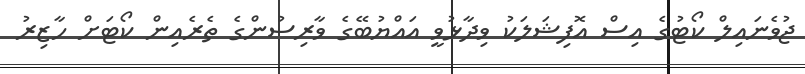
ޖުވެނައިލް ކޯޓުގެ އިސް އޮފިޝަލަކު ވިދާޅުވީ އައްޔުބޭގެ ވާރިސުންގެ ތެރެއިން ކޯޓަށް ހާޒިރު